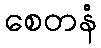
စေတနံ